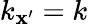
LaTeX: k_{\mathbf{x}^{\prime}}=k